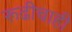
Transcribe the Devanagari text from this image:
रूढीचाही